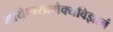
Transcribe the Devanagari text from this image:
मायेश्वरात्मैक्यविज्ञानं